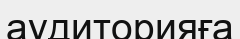
аудиторияға